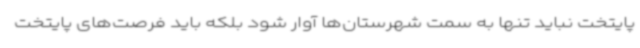
پایتخت نباید تنها به سمت شهرستان‌ها آوار شود بلکه باید فرصت‌های پایتخت